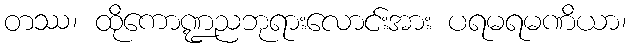
တဿ၊ ထိုကောဏ္ဍညဘုရားလောင်းအား ပရမရမဏိယာ၊